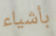
بأشياء